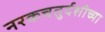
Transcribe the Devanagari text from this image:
नरकचतुर्दशीच्या